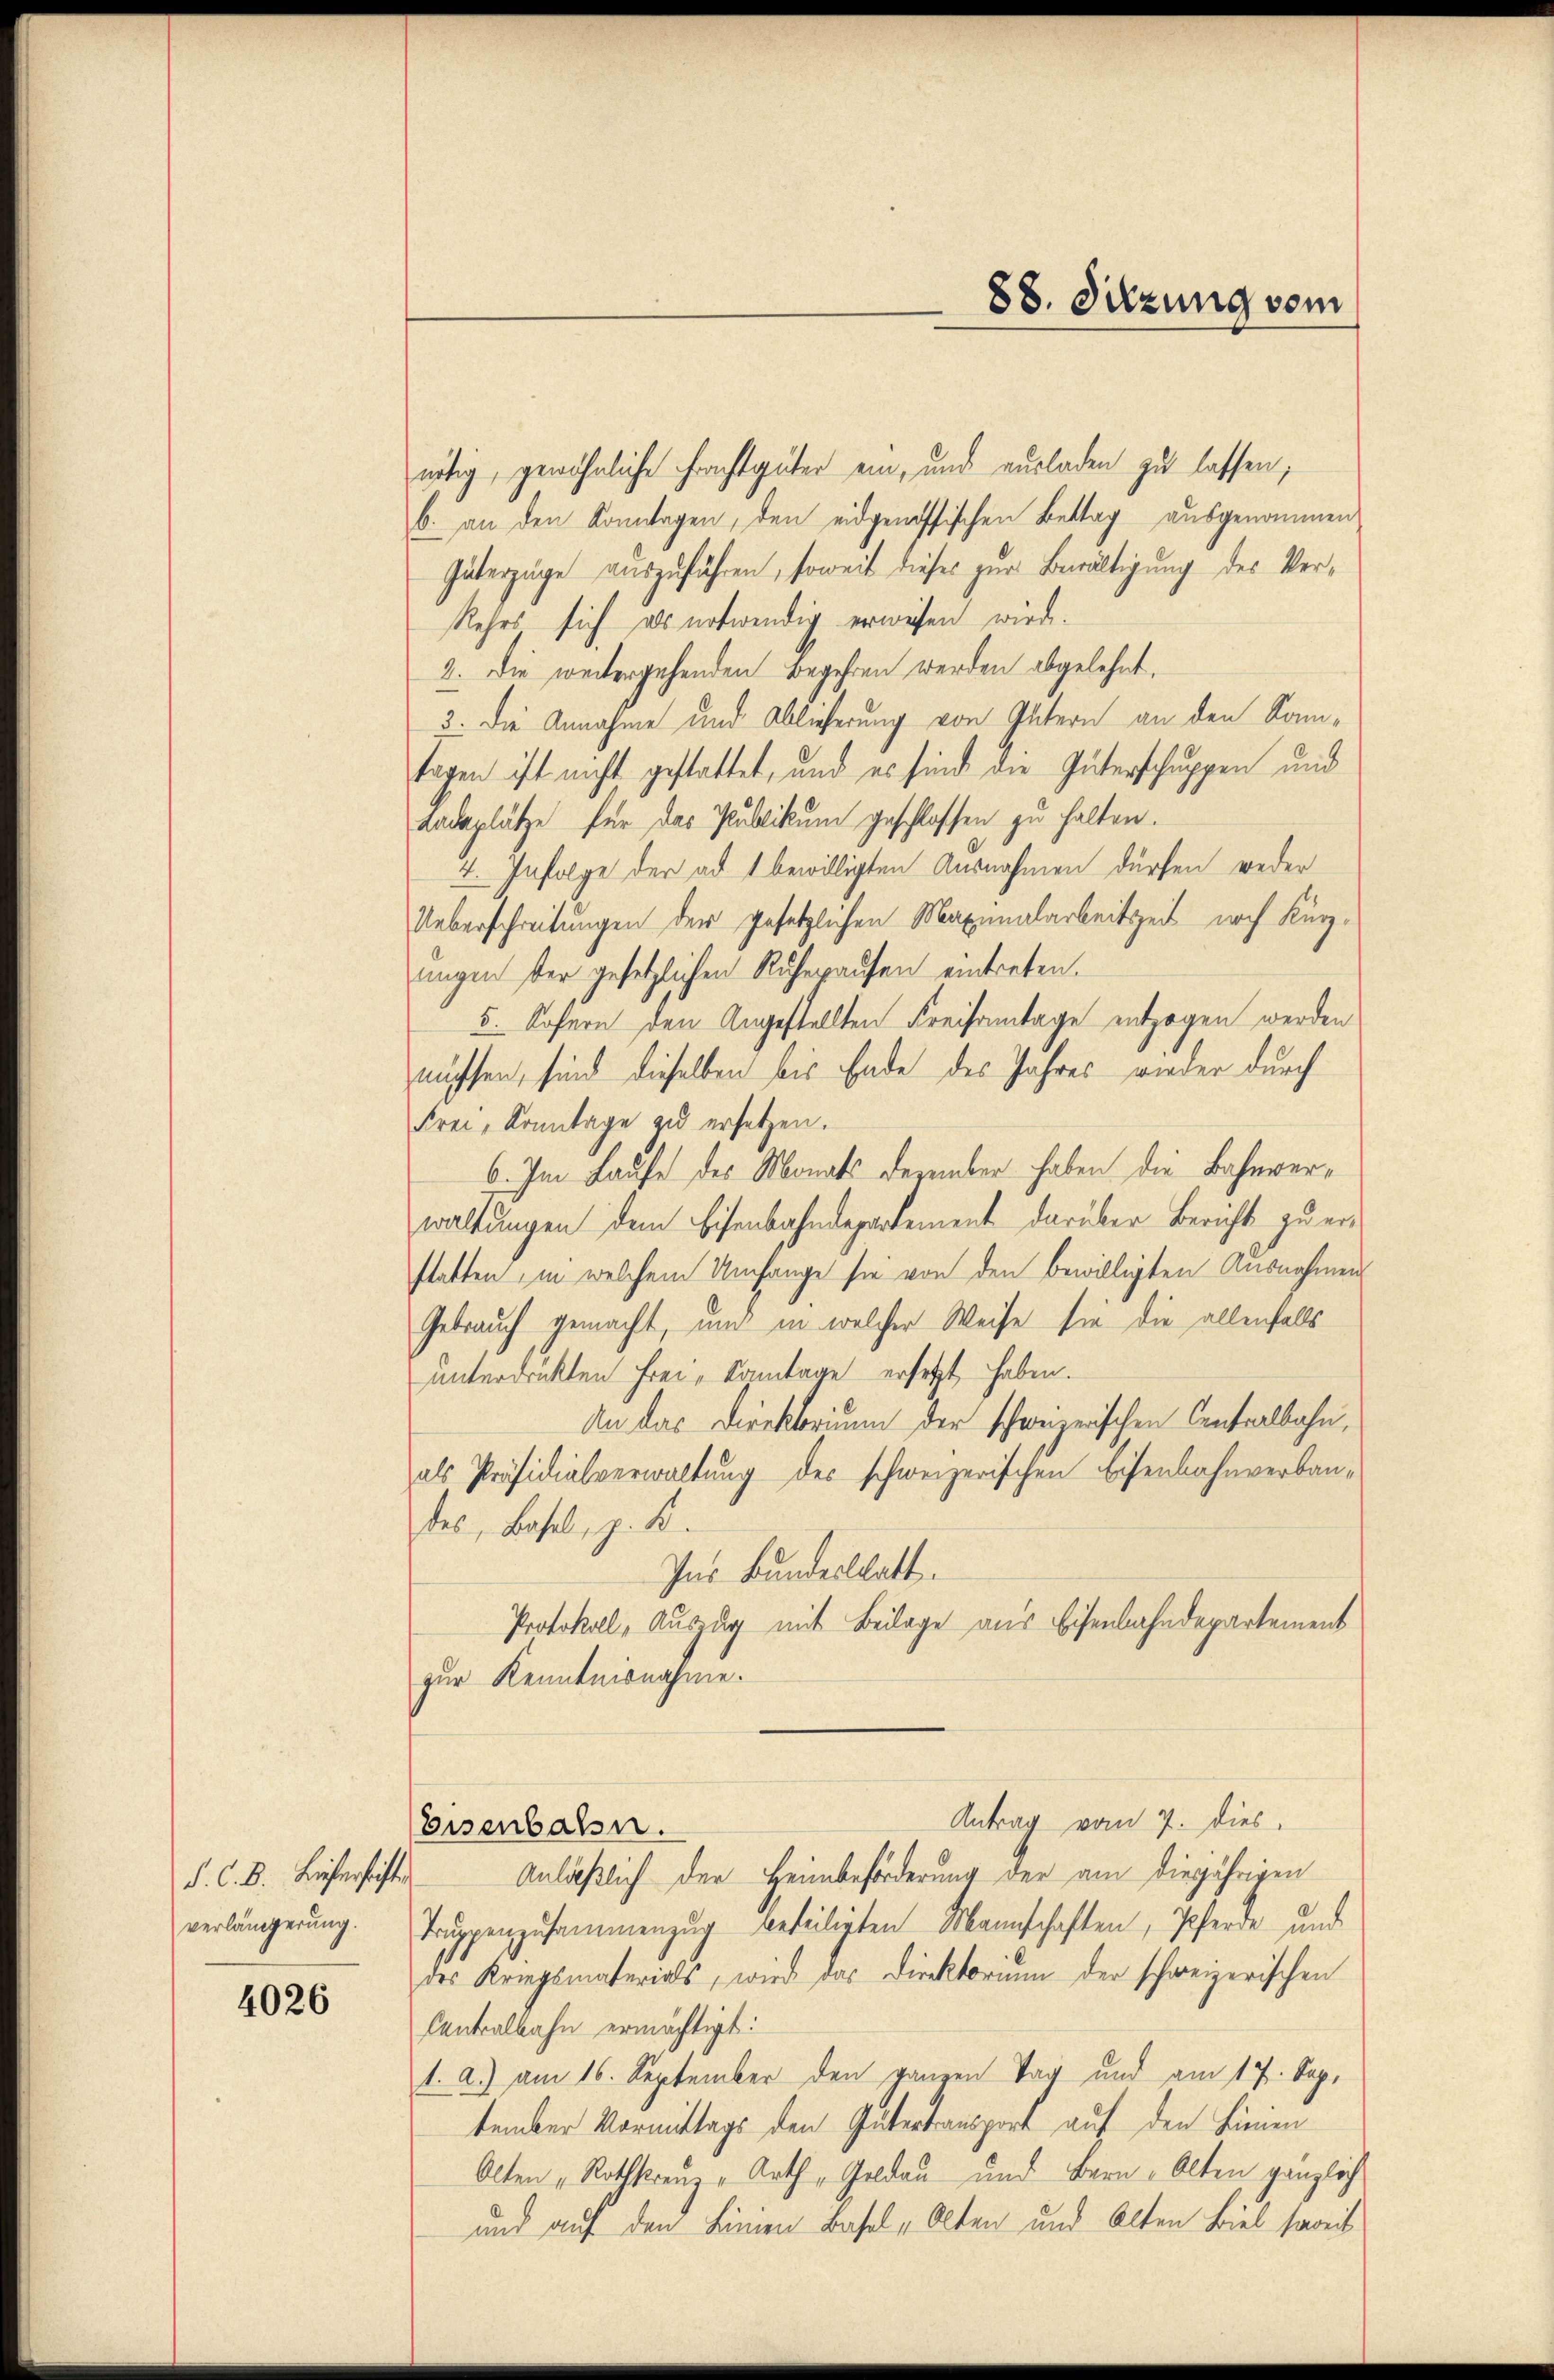
verlängerung.

4026

nötig, gewöhnliche Frachtgüter ein, und ausladen zu lassen;
b. an den Konntagen, den eidgenössischen Bettag ausgenommen
Güterzüge auszuführen, soweit dieses zur Bewältigung des Ver¬
Kehrs sich als notwendig erwesen wird.
2. Die weitergehenden Begehren werden abgelehnt,
3. Die Annahme und Ablieferung von Eltern an den Som¬
Tagen ist nicht gestattet, und es sind die Interschuppen und
Ladeplätze für das Publikum geschlossen zu halten.
4. Infolge der ad 1 bewilligten Ausnahmen dürfen weder
Ueberschreitungen der gesetzlichen Maximalarbeitszeit noch Kurungen der gesetzlichen Ruhepausen eintreten.
5. Sofern den Angestellten Kreisamtage entzogen werden
nüssen, sind dieselben bis Ende des Jahres wieder durch
Frei-Konntage zu ersetzen.
6. Im Laufe des Monats Dezember haben die Bahnverwaltungen dem Eisenbahndepartement darüber Bericht zu erstatten, in welchem Umfange sie von den bewilligten Ausnahmen
Gebrauch gemacht, und in welcher Weise sie die allenfalls
unterdruckten Frei- Sonntage ersetzt haben.
An das Direktorium der schweizerischen Centralbahnals Präsidialverwaltung des schweizerischen Eisenbahnverbaudes, Basel, z. B.
Ins Bundesblatt.
Protokoll, Auszug mit Beilage aus Eisenbahndepartement
zur Kenntnisnahme.
Antrag vom 7. dies
Eisenbahn.
d. C. B. Liebersichte Anläßlich der Heimbeförderung der am diejährigen
Truppenzusammenzug beteiligten Mannschaften, Pferde und
des Kriegsmaterials, wird das Direktorium der schweizerischen
Centralbahn ermächtigt:
1. a.) am 16. September den ganzen Tag und am 17. Sep.
tember Vormittags den Gütertansport auf den Lienen
Alten „Rothkreuz „Arth, Geldau und Bern, Alten gänzlich
und auf den Linien Basel „Olten und Alten Biel soweit

88. Sitzung vom